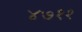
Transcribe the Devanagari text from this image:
४७११